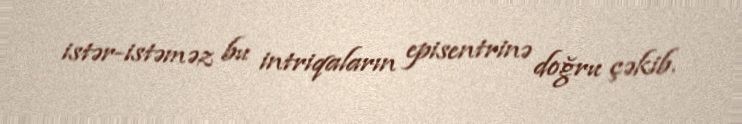
istər-istəməz bu intriqaların episentrinə doğru çəkib.